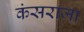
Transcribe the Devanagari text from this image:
कंसराजा